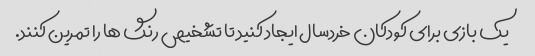
یک بازی برای کودکان خردسال ایجاد کنید تا تشخیص رنگ ها را تمرین کنند.